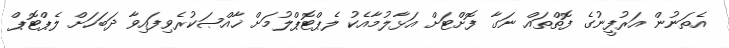
އެތަނުން އަރުފީނުގެ ފޮތްތައް ނަގާ ފޮށްޓަށް އަޅާލުމާއެކު ލެޕްޓޮޕްލުމަށް ޚާއްޞަކުރެވިފައިވާ ދަބަހަށް ލެޕްޓޮޕް